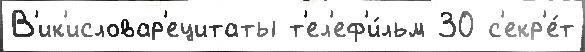
В'ик'исловар'ецитаты т'ел'еф'и́льм 30 с'екр'е́т